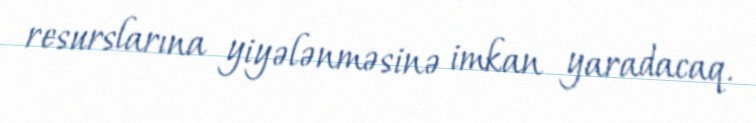
resurslarına yiyələnməsinə imkan yaradacaq.